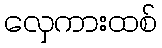
လှေကားထစ်